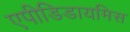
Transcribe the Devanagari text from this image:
एपीडिडायमिस